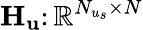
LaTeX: \mathbf{H}_{\mathbf{u}}\colon\mathbb{R}^{N_{u_{s}}\times N}